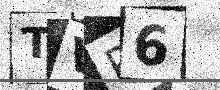
Text: TVP6